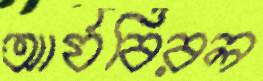
আর্যবিরল